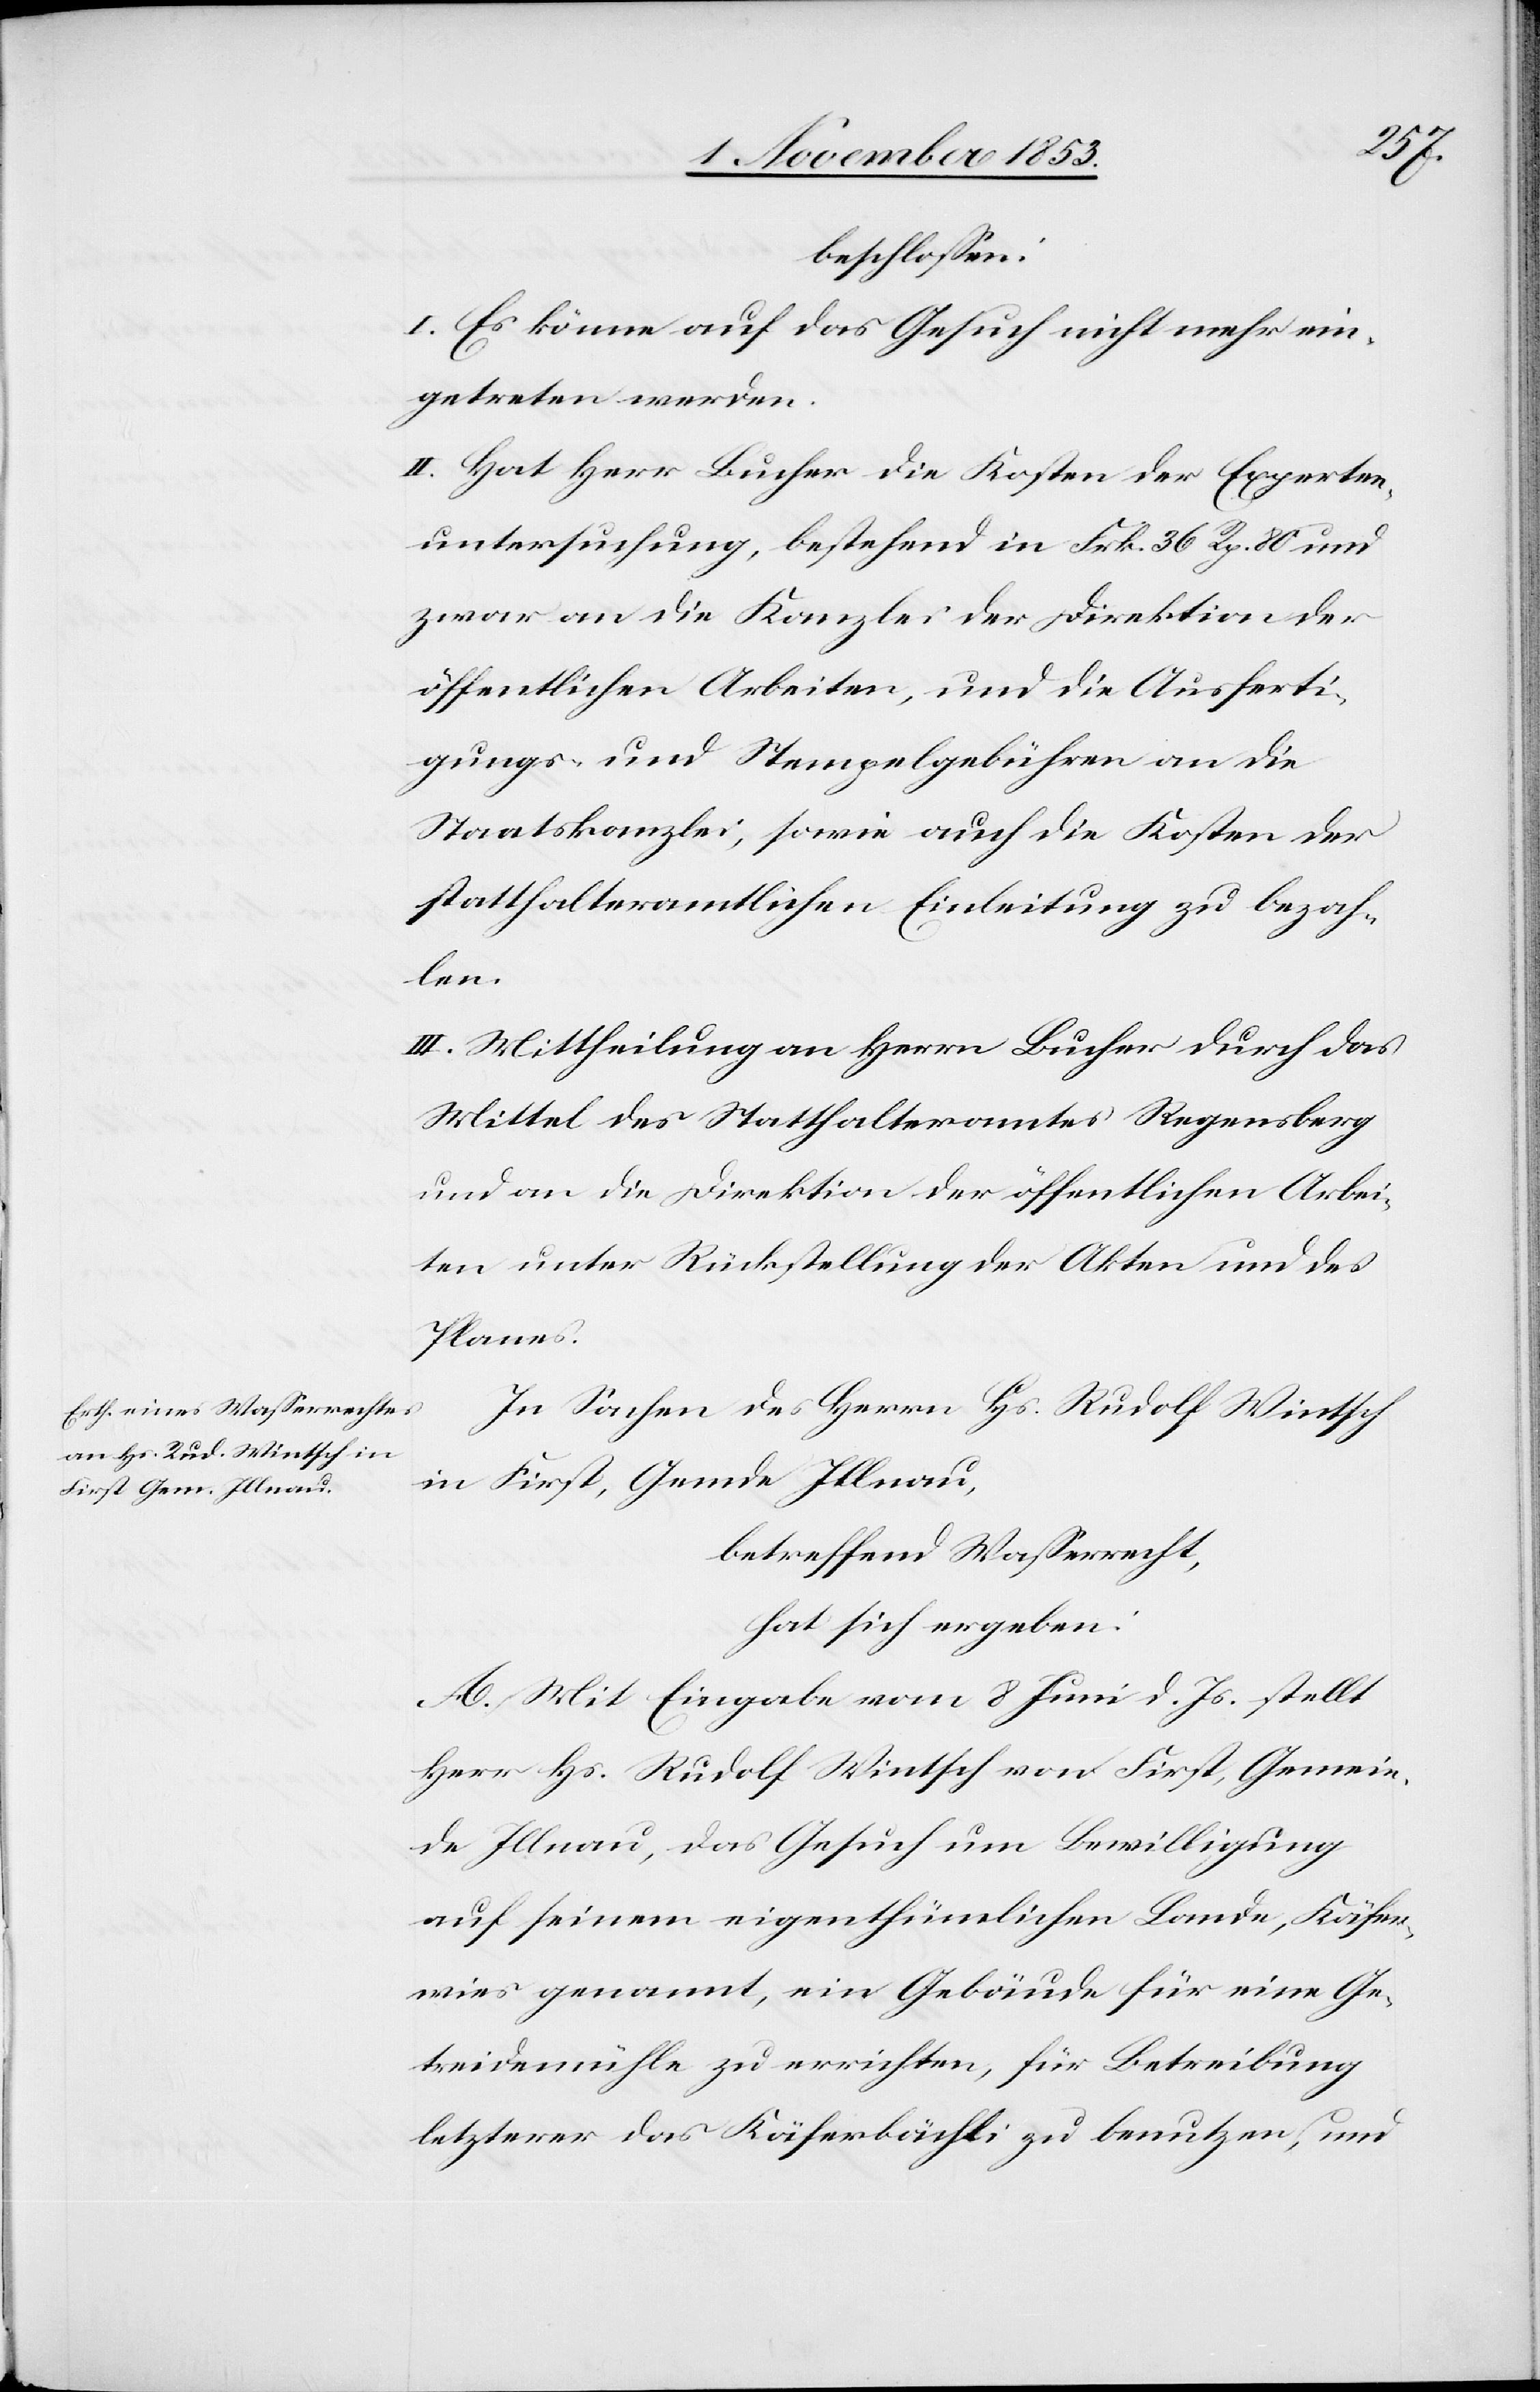
beschloßen:
I. Es könne auf das Gesuch nicht mehr ein¬
getreten werden.
II. Hat Herr Bucher die Kosten der Experten¬
untersuchung, bestehend in Frk. 36 Rp. 80 und
zwar an die Kanzlei der Direktion der
öffentlichen Arbeiten, und die Ausferti¬
gungs- u. Stempelgebühren an die
Staatskanzlei, sowie auch die Kosten der
statthalteramtlichen Einleitung zu bezah¬
len.
III. Mittheilung an Herrn Bucher durch das
Mittel des Statthalteramtes Regensberg
und an die Direktion der öffentlichen Arbei¬
ten unter Rückstellung der Akten und des
Planes.
In Sachen des Herrn Hs. Rudolf Wintsch
in First, Gemde Illnau,
betreffend Waßerrecht,
hat sich ergeben:
A. Mit Eingabe vom 8 Juni d. Js. stellt
Herr Hs. Rudolf Wintsch von First, Gemein¬
de Illnau, das Gesuch um Bewilligung
auf seinem eigenthümlichen Lande, Käsen¬
wies genannt, ein Gebäude für eine Ge¬
treidemühle zu errichten, für Betreibung
letzterer das Käserbächli zu benutzen, und